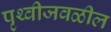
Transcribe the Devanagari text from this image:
पृथ्वीजवळील